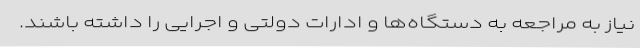
نیاز به مراجعه به دستگاه‌ها و ادارات دولتی و اجرایی را داشته باشند.